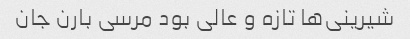
شیرینی‌ها تازه و عالی بود مرسی بارن جان